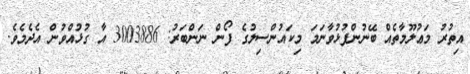
އިތުރު މަޢުލޫމާތެއް ބޭނުންފުޅުވާނަމަ މިކައުންސިލުގެ ފޯން ނަންބަރު: 3003886 އާ ގުޅުއްވުން އެދެމެވެ.